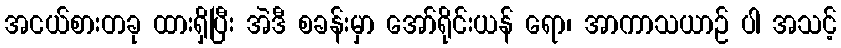
အငယ်စားတခု ထားရှိပြီး အဲဒီ စခန်းမှာ အော်ရိုင်းယန် ရော၊ အာကာသယာဉ် ပါ အသင့်